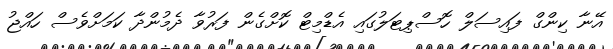
އޭނާ ކިންގް ފައިސަލް ހޮސްޕިޓަލުގައި އެޑްމިޓް ކޮށްގެން ފަރުވާ ދެމުންދާ ކަމަށްވެސް ހައްޖު